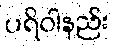
ပရိဝါနည်း